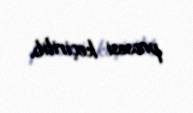
prosesi keçirilib.